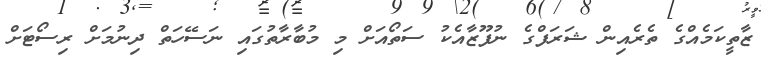
ޒާތީކަމެއްގެ ތެރެއިން ޝަރަފްގެ ނުފޫޒާއެކު ސަތޯއަށް މި މުބާރާތުގައި ނަސޭހަތް ދިނުމަށް ރިސޯޓަށް